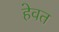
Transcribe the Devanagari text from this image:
हेवत